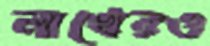
লাখেরও